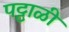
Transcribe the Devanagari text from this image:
पट्टाळी